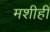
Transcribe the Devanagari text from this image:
मशीही